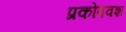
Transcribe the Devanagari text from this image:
प्रकोपवश